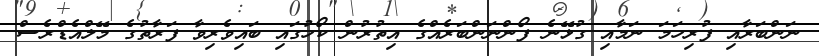
ނަންބަރާއި ފުރިހަމަ ނަމާއި ގުޅޭނެ ފޯންނަންބަރެއްގެ އިތުރުން ކޯހުގައި ބައިވެރިވާ ފަރާތުގެ މޭލްއެޑްރެސް